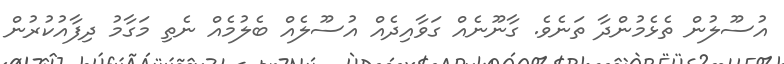
އުސޫލުން ތެޅެމުންދާ ތަނެވެ. ގާނޫނެއް ގަވާއިދެއް އުސޫލެއް ބެލުމެއް ނެތި މަގާމު ދިފާއުކުރުން